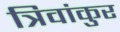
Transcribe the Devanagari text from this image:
त्रिवांकुर